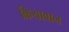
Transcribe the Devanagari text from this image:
क्रियावान